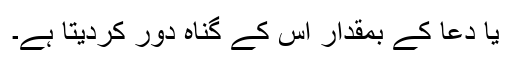
یا دعا کے بمقدار اس کے گناہ دور کردیتا ہے۔